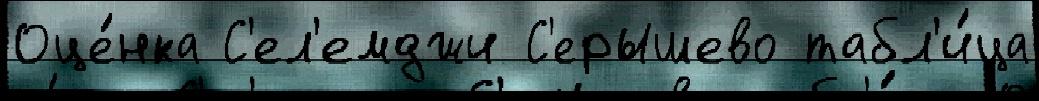
Оце́нка С'ел'емджи С'ерышево табл'и́ца